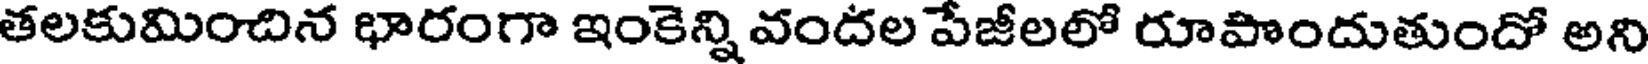
తలకుమించిన భారంగా ఇంకెన్ని వందల పేజీలలో రూపొందుతుందో అని